Report on horse surra - Volume I
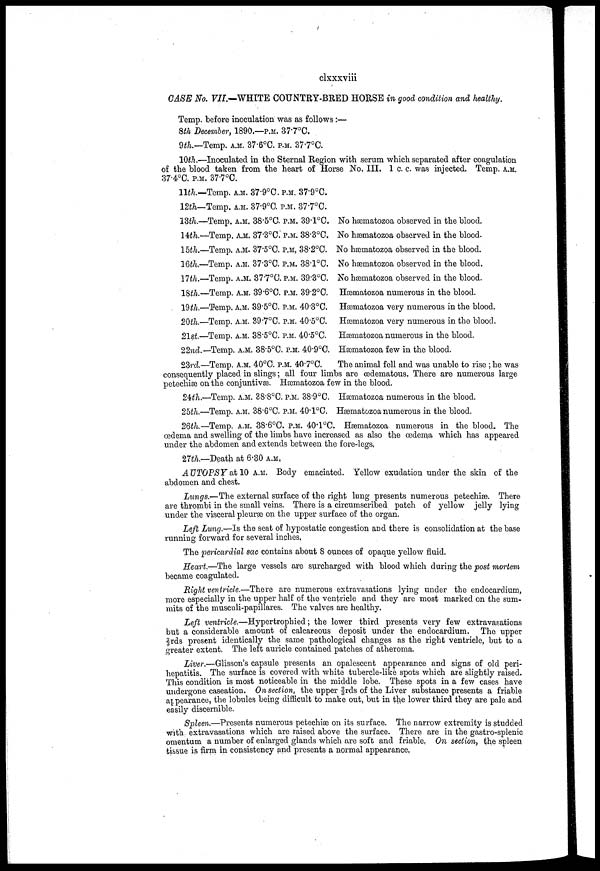
clxxxviii
CASE No. VII.—WHITE COUNTRY-BRED HORSE in good condition and healthy.
Temp, before inoculation was as follows:—
8th December, 1890.—P.M. 377°C.
9th.—Temp. A.M. 37.6°C. P.M. 37.7°C.
10th.—Inoculated in the Sternal Region with serum which separated after coagulation
of the blood taken from the heart of Horse No. III. 1 c. c. was injected. Temp. A.M.
37.4°C. P.M. 37.7°C.
11th.-
12th-
18th.-
14th.-
15th.-
16th.-
17th.-
18th.
19th.-
20th-
21st-
22nd.
Temp. A.M. 37.9°C. P.M. 37.9°C.
Temp. A.M. 37.9°0. P.M. 37.7°C.
Temp. A.M. 38.5°C. P.M. 39.1°C.
Temp. A.M. 37.3°C. P.M. 38.3°C.
Temp. A.M. 37.5°C. P.M. 38.2°C.
Temp. A.M. 37.3°C. P.M. 38.l°C.
Temp. A.M. 37.7°C. P.M. 39.3°C.
Temp. A.M. 39.6°C. P.M. 39.2°C.
Temp, A.M. 39.5°C. P.M. 40.3°C.
Temp. A.M. 39.7°C. P.M. 40.5°C.
Temp. A.M. 38.5°0. P.M. 40.5°C.
Temp. A.M. 38.5°C. P.M. 40.9°C.
No hæmatozoa observed in the blood.
No hæmatozoa observed in the blood.
No hæmatozoa observed in the blood.
No hæmatozoa observed in the blood.
No hæmatozoa observed in the blood.
Hæmatozoa numerous in the blood.
Hæmatozoa very numerous in the blood.
Hæmatozoa very numerous in the blood.
Hæmatozoa numerous in the blood.
Hæmatozoa few in the blood.
23rd—Temp, A.M., 40°C. P.M. 40.7°C.
The animal fell and was unable to rise; he was
consequently placed in slings; all four limbs are œdematous. There are numerous large
petechias on the conjuntivæ. Hæmatozoa few in the blood.
24th.—Temp. A.M. 38.8°C. P.M. 38.9°C. Hæmatozoa numerous in the blood.
25th.—Temp. A.M. 38.6 C. P.M. 40.l°C. Hæmatozoa numerous in the blood.
26th.-Temp. A.M. 38.6°C. P.M. 40.1°C. Hæmatozoa numerous in the blood. The
oedema and swelling of the limbs have increased as also the oedema which has appeared
under the abdomen and extends between the fore-legs,
27th.—Death at 6.30 A.M.
AUTOPSY at 10 A.M. Body emaciated, Yellow exudation under the skin of the
abdomen and chest.
Lungs.—The external surface of the right lung presents numerous petechiæ. There
are thrombi in the small veins. There is a circumscribed patch of yellow jelly lying
under the visceral pleuræ on the upper surface of the organ.
Left Lung.—Is the seat of hypostatic congestion and there is consolidation at the base
running forward for several inches.
The pericardial sac contains about 8 ounces of opaque yellow fluid.
Heart.—The large vessels are surcharged with blood which during the post mortem
became coagulated.
Right ventricle.—There are numerous extravasations lying under the endocardium,
more especially in the upper half of the ventricle and they are most marked on the sum-
mits of the musculi-papillares. The valves are healthy,
Left ventricle.—Hypertrophied; the lower third presents very few extravasations
but a considerable amount of calcareous deposit under the endocardium. The upper
2/3 rds present identically the same pathological changes as the right ventricle, but to a
greater extent. The left auricle contained patches of atheroma.
Liver.—Glisson's capsule presents an opalescent appearance and signs of old peri-
hepatitis. The surface is covered with white tubercle-like spots which are slightly raised.
This condition is most noticeable in the middle lobe. These spots in a few cases have
undergone caseation. On section, the upper-2/3rds of the Liver substance presents a friable
appearance, the lobules being difficult to make out, but in the lower third they are pale and
easily discernible.
Spleen.—Presents numerous petechiæ on its surface. The narrow extremity is studded
with extravasations which are raised above the surface. There are in the gastro-splenic
omentum a number of enlarged glands which are soft and friable. On section, the spleen
tissue is firm in consistency and presents a normal appearance.